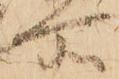
所